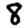
Digit: 8